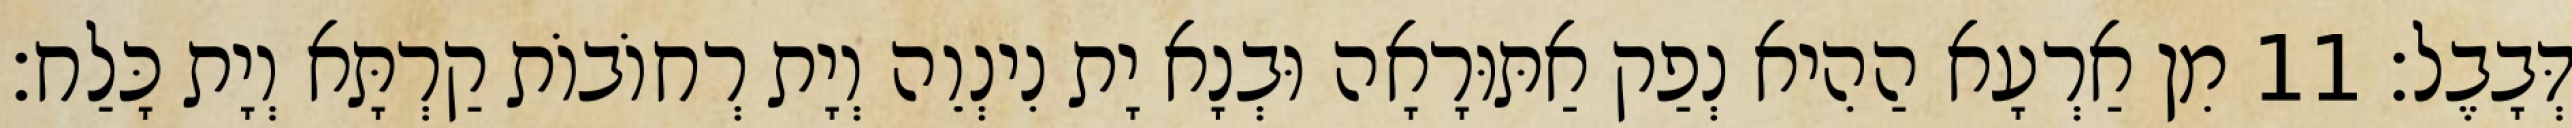
דְּבָבֶל׃ 11 מִן אַרְעָא הַהִיא נְפַק אַתּוּרָאָה וּבְנָא יָת נִינְוֵה וְיָת רְחוֹבוֹת קַרְתָּא וְיָת כָּלַח׃